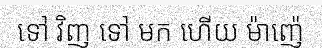
ទៅ វិញ ទៅ មក ហើយ ម៉ាញ៉េ